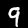
Digit: 9